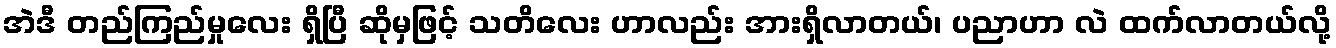
အဲဒီ တည်ကြည်မှုလေး ရှိပြီ ဆိုမှဖြင့် သတိလေး ဟာလည်း အားရှိလာတယ်၊ ပညာဟာ လဲ ထက်လာတယ်လို့